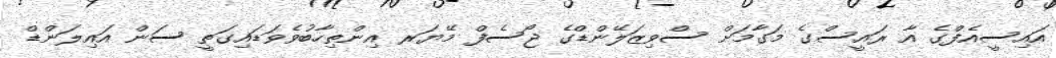
އައިސީއެފްގެ އާ ރައީސްގެ މަގާމަށް ސްވިޒަލޭންޑްގެ ޖޯސެފް މޭޔަރ އިންތިހާބުވެވަޑައިގަތީ ސަން އައިލަންޑް